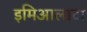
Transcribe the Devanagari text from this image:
इमिआलाटा